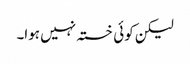
لیکن کوئی خستہ نہیں ہوا۔